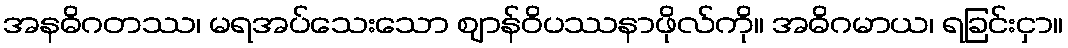
အနဓိဂတဿ၊ မရအပ်သေးသော ဈာန်ဝိပဿနာဖိုလ်ကို။ အဓိဂမာယ၊ ရခြင်းငှာ။